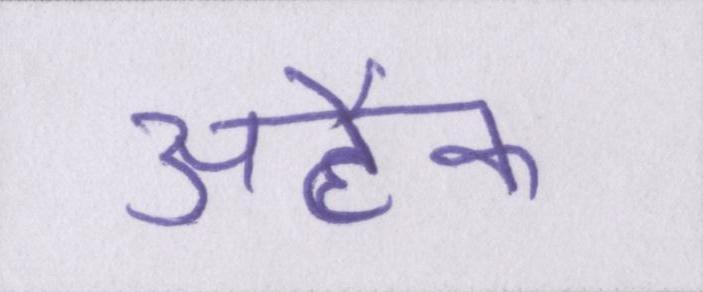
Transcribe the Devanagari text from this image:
अटैक